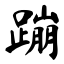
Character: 蹦